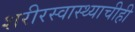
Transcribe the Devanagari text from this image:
शरीरस्वास्थ्याचीही